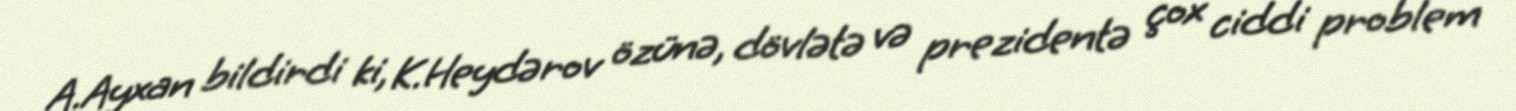
A.Ayxan bildirdi ki, K.Heydərov özünə, dövlətə və prezidentə çox ciddi problem